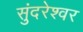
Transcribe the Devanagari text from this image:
सुंदरेश्‍वर